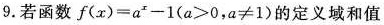
9.若函数$$f ( x ) = a ^ { x } - 1 ( a ＞ 0 ， a ≠ 1 )$$的定义域和值